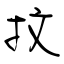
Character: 抆